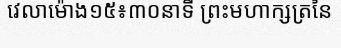
វេលាម៉ោង១៥៖៣០នាទី ព្រះមហាក្សត្រនៃ